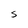
Character: S